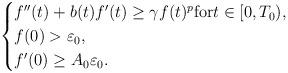
LaTeX: \begin{align*}\begin{cases}f''(t) + b(t) f'(t) \geq \gamma f(t)^p \mbox{for}t \in [0,T_0),\\f(0) > \varepsilon _0,\\f'(0) \geq A_0 \varepsilon _0.\end{cases}\end{align*}